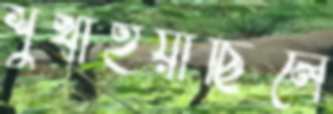
শুখাইয়াছিলে